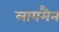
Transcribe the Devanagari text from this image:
लायमैन